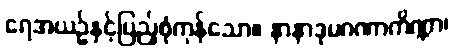
ရေအယဉ်နှင့်ပြည့်စုံကုန်သော။ နာနာဒုမဂဏာကိဏ္ဏာ၊